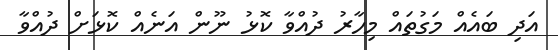
އަދި ބައެއް މަގުތައް މިހާރު ދުއްވާ ކޮޅު ނޫން އަނެއް ކޮޅަށް ދުއްވާ